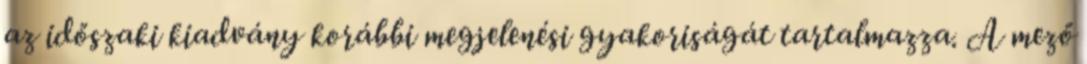
az időszaki kiadvány korábbi megjelenési gyakoriságát tartalmazza. A mező